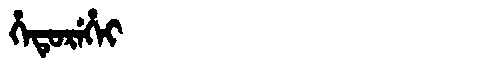
Manchu: ᡥᡝᡨᡠᡵᡝᡥᡝᡳ
Romanization: HETUREHEI